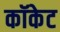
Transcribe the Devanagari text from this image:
कॉकेट